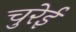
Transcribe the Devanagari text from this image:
चुरेई